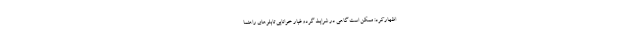
اظهارکرد: ممکن است گاهی در شرایط گردوغبار خوانایی تابلوهای راهنما